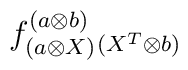
f^{(a \otimes b)}_{(a \otimes X)}{}_{(X^T \otimes b)}